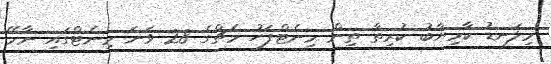
މިލަނޑު ކާމިޔާބު ކުރިތާ ތިން މިނެޓްފަހު މެޗްގެ 28 ވަނަ މިނެޓްގައި ނާމޭ